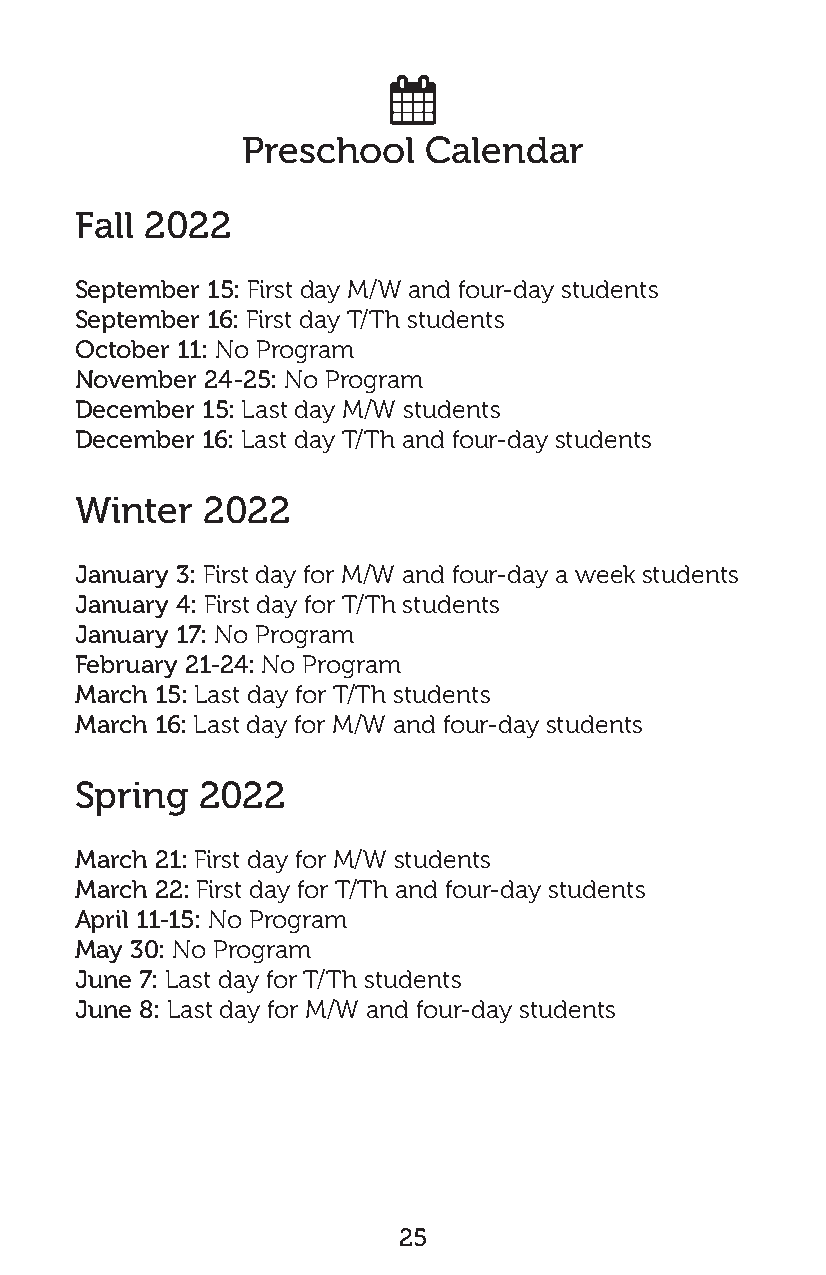

 Preschool   Calendar
 Fall 2022
 September 15: First day M/W and four-day students
 September 16: First day T/Th students
 October 11: No Program
 November 24-25: No Program
 December 15: Last day M/W students
 December 16: Last day T/Th and four-day students
 Winter  2022
 January 3: First day for M/W and four-day a week students
 January 4: First day for T/Th students
 January 17: No Program
 February 21-24: No Program
 March 15: Last day for T/Th students
 March 16: Last day for M/W and four-day students
 Spring  2022
 March 21: First day for M/W students
 March 22: First day for T/Th and four-day students
 April 11-15: No Program
 May 30: No Program
 June 7: Last day for T/Th students
 June 8: Last day for M/W and four-day students
 25